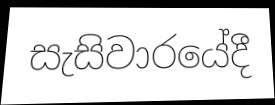
සැසිවාරයේදී